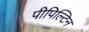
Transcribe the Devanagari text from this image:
पीपिल्टिन